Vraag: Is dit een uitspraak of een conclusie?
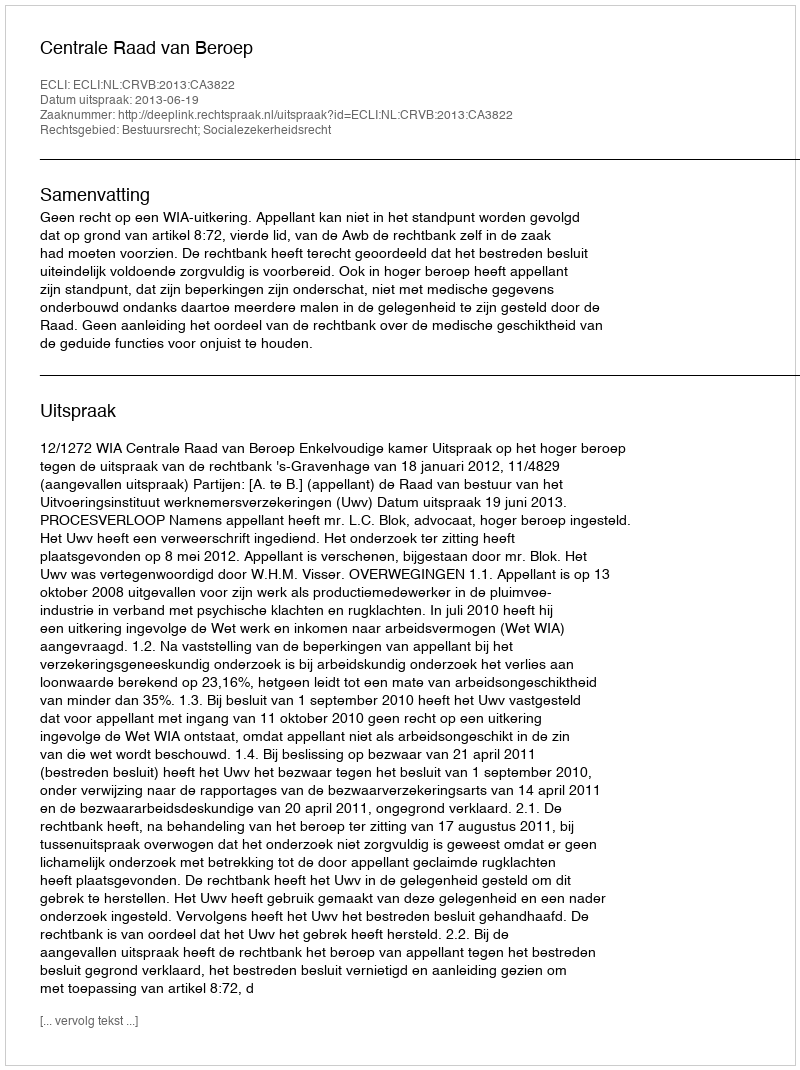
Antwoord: Uitspraak